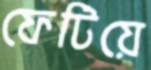
ফেটিয়ে